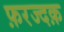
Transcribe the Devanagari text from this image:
फ़रज्दक़